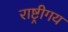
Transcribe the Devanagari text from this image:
राष्ट्रीगय